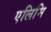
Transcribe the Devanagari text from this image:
एलिमि